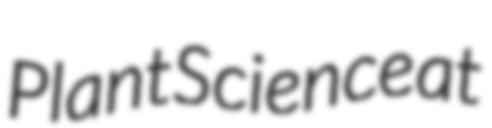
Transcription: Plant Science at